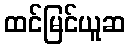
ထင်မြင်ယူဆ